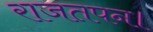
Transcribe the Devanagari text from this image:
राजतपन।